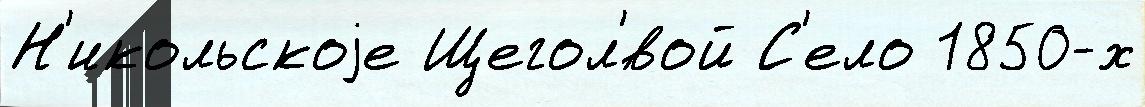
Н'икольскоjе Щегол'́вой С'ело 1850-х